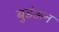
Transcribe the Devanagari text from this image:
बुडंऊन